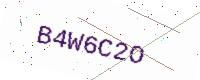
Text: B4W6C2O